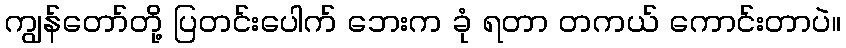
ကျွန်တော်တို့ ပြတင်းပေါက် ဘေးက ခုံ ရတာ တကယ် ကောင်းတာပဲ။